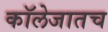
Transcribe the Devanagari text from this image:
कॉलेजातच